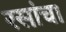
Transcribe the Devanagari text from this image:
रसांचा